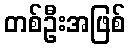
တစ်ဦးအဖြစ်